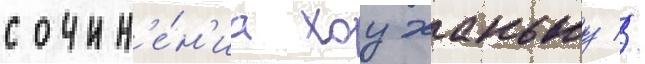
сочин'е́н'иа хоу ханьшу //